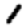
Digit: 1